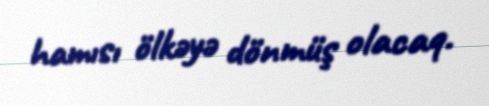
hamısı ölkəyə dönmüş olacaq.